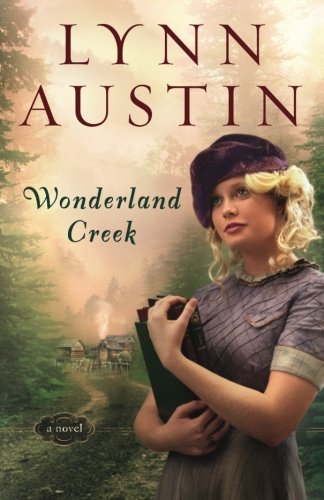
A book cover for Wonderland Creek; Lynn Austin; Literature & Fiction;